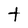
Character: t